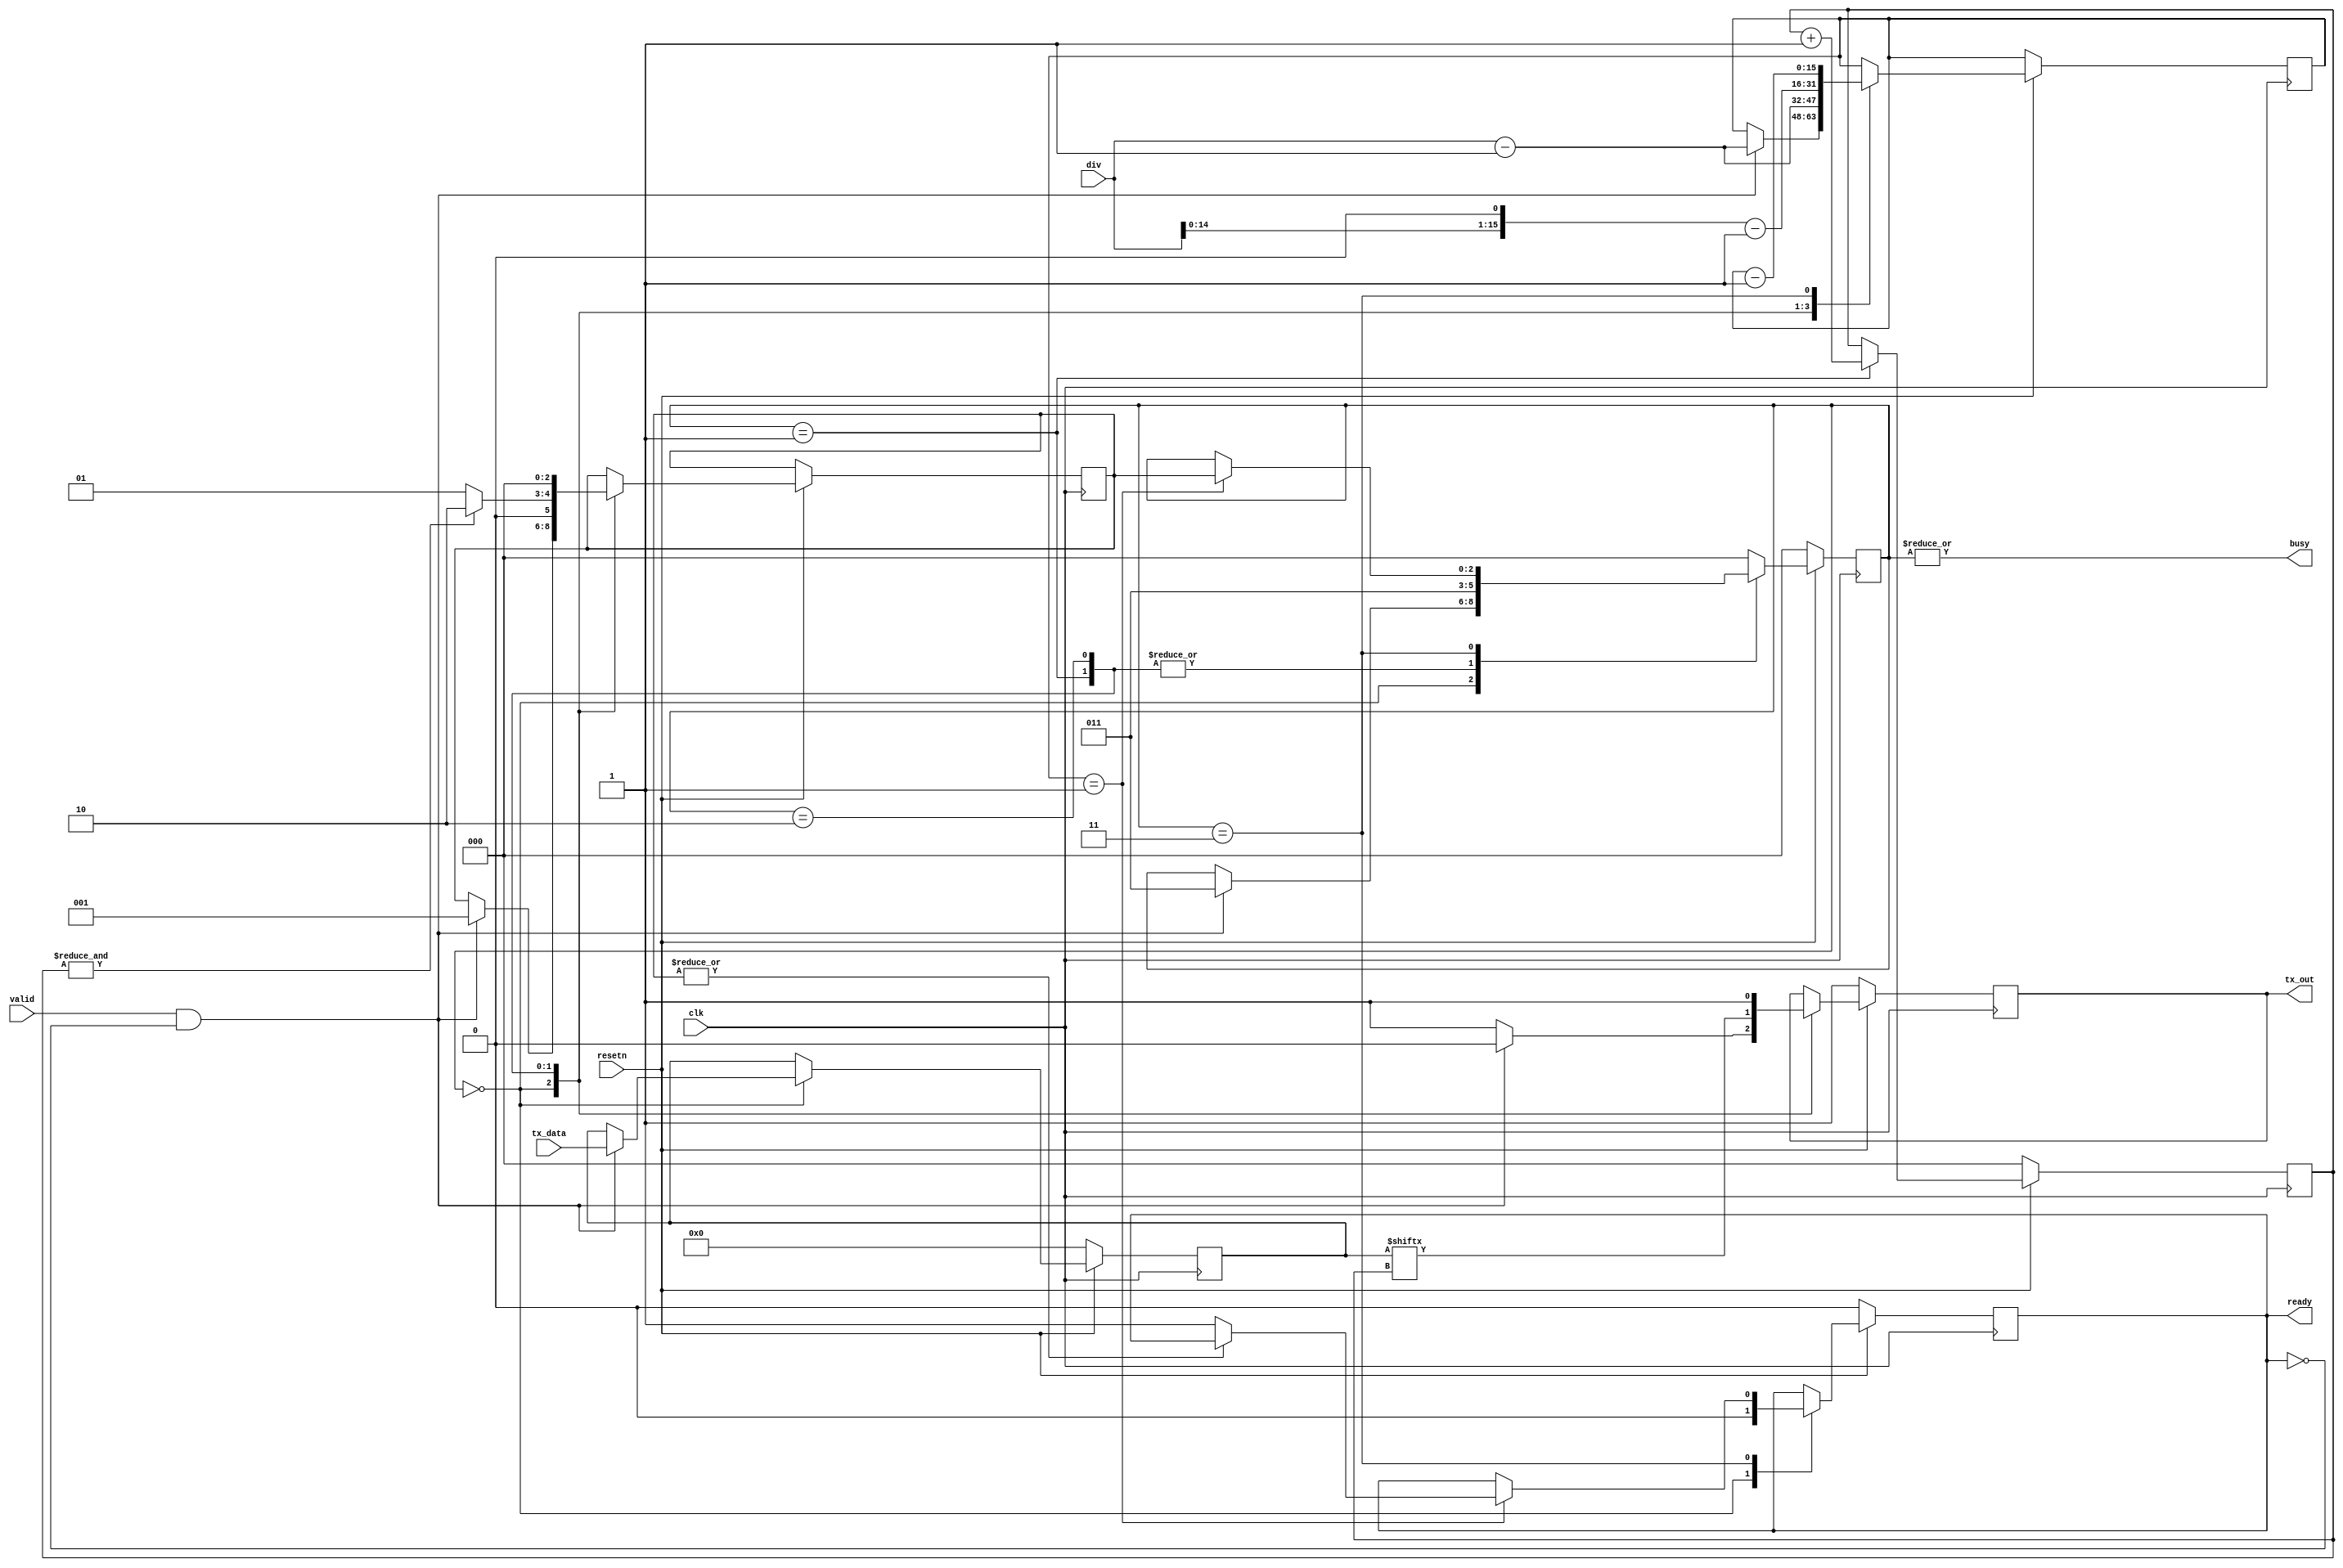
/*
 *  tx_uart - a simple tx uart
 *
 *  copyright (c) 2021  hirosh dabui <hirosh@dabui.de>
 *
 *  permission to use, copy, modify, and/or distribute this software for any
 *  purpose with or without fee is hereby granted, provided that the above
 *  copyright notice and this permission notice appear in all copies.
 *
 *  the software is provided "as is" and the author disclaims all warranties
 *  with regard to this software including all implied warranties of
 *  merchantability and fitness. in no event shall the author be liable for
 *  any special, direct, indirect, or consequential damages or any damages
 *  whatsoever resulting from loss of use, data or profits, whether in an
 *  action of contract, negligence or other tortious action, arising out of
 *  or in connection with the use or performance of this software.
 *
 */
`default_nettype none
module p23_tx_uart (
    input wire clk,
    input wire resetn,
    input wire valid,
    input wire [7:0] tx_data,
    input wire [15:0] div,  /* SYSTEM_CYCLES/BAUDRATE */
    output reg tx_out,
    output wire ready,
    output wire busy
);


  reg [2:0] state;
  reg [2:0] return_state;
  reg [2:0] bit_idx;
  reg [7:0] tx_data_reg;
  reg       txfer_done;

  assign ready = txfer_done;
  assign busy  = |state;

  reg  [15:0] wait_states;
  wire [15:0] CYCLES_PER_SYMBOL;
  assign CYCLES_PER_SYMBOL = div;

  always @(posedge clk) begin

    if (resetn == 1'b0) begin
      tx_out      <= 1'b1;
      state       <= 0;
      txfer_done  <= 1'b0;
      bit_idx     <= 0;
      tx_data_reg <= 0;
      txfer_done  <= 0;
    end else begin

      case (state)

        0: begin  /* idle */
          txfer_done <= 1'b0;
          if (valid & !txfer_done) begin
            tx_out <= 1'b0;  /* start bit */
            tx_data_reg <= tx_data;

            wait_states <= CYCLES_PER_SYMBOL - 1;
            return_state <= 1;
            state <= 3;

          end else begin
            tx_out <= 1'b1;
          end
        end

        1: begin
          tx_out <= tx_data_reg[bit_idx];  /* lsb first */
          bit_idx <= bit_idx + 1;

          wait_states <= CYCLES_PER_SYMBOL - 1;
          return_state <= &bit_idx ? 2 : 1;
          state <= 3;
        end

        2: begin
          tx_out <= 1'b1;  /* stop bit */

          wait_states <= (CYCLES_PER_SYMBOL << 1) - 1;
          return_state <= 0;
          state <= 3;
        end

        3: begin  /* wait states */
          wait_states <= wait_states - 1;
          if (wait_states == 1) begin
            if (~(|return_state)) txfer_done <= 1'b1;
            state <= return_state;
          end
        end

        default: begin
          state <= 0;
        end

      endcase

    end
  end  /* !reset */

endmodule